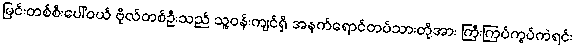
မြင်းတစ်စီးပေါ်ဝယ် ဗိုလ်တစ်ဦးသည် သူ့ဝန်းကျင်ရှိ အနက်ရောင်တပ်သားတို့အား ကြီးကြပ်ကွပ်ကဲရင်း